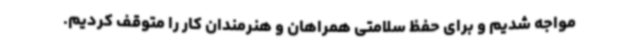
مواجه شدیم و برای حفظ سلامتی همراهان و هنرمندان کار را متوقف کردیم.